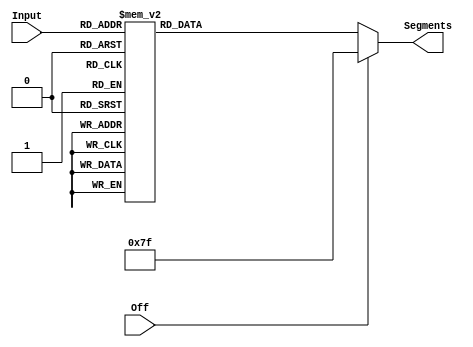

module sevenseg(Segments, Input, Off);
    output reg [6:0] Segments;
    input Off;
    input [3:0] Input;

    always @(*)
    begin
        if (Off == 1'b1)
            Segments = 7'b1111111;
        else
            case (Input)
                4'b0000: Segments = 7'b1000000; // 0
                4'b0001: Segments = 7'b1111001; // 1 
                4'b0010: Segments = 7'b0100100; // 2 
                4'b0011: Segments = 7'b0110000; // 3  
                4'b0100: Segments = 7'b0011001; // 4
                4'b0101: Segments = 7'b0010010; // 5 
                4'b0110: Segments = 7'b0000010; // 6
                4'b0111: Segments = 7'b1111000; // 7
                4'b1000: Segments = 7'b0000000; // 8
                4'b1001: Segments = 7'b0011000; // 9 
                4'b1010: Segments = 7'b0001000; // A 
                4'b1011: Segments = 7'b0000011; // b
                4'b1100: Segments = 7'b1000110; // c 
                4'b1101: Segments = 7'b0100001; // d 
                4'b1110: Segments = 7'b0000110; // E 
                4'b1111: Segments = 7'b0001110; // F 
                default: Segments = 7'b1111111; // default 
            endcase
    end
endmodule


module rate_divider(input clock, input clear_b, input [31:0] load_cycles, output trigger);
    reg [31:0] q;

    always @(posedge clock, negedge clear_b) begin
        if (~clear_b) 
            q <= load_cycles;
        else if (~|q)
            q <= load_cycles;
        else 
            q <= q - 1;
    end

    assign trigger = ~|q;
endmodule

module rate_divider_mux(input clock, input clear_b, input [1:0] modes, output enable);

    reg [31:0] rate;

    always @(*) begin
        case (modes)
            2'b00: rate = 1;
            2'b01: rate = 50000000;
            2'b10: rate = 25000000;
            2'b11: rate = 12500000;
        endcase
    end

    rate_divider rd0(clock, clear_b, rate, enable);
endmodule

module counter(input clock, input enable, input reset_n, input load_n, input [3:0] d, output reg [3:0] q);
    always @(posedge clock) begin
        if (~reset_n)
            q <= 0;
        else if (load_n)
            q <= d;
        else if (enable) begin
            if (&q)
                q <= 0;
            else
                q <= q + 1; 
        end
    end
endmodule

module display_counter(output [6:0] HEX0, input CLOCK_50, input [9:0] SW);
    wire [3:0] count;
    wire enable;

    rate_divider_mux rd(CLOCK_50, SW[9], SW[1:0], enable);
    counter c0(CLOCK_50, enable, SW[9], SW[8], 4'b0000, count);
    sevenseg seg0(HEX0, count, 1'b0);
endmodule